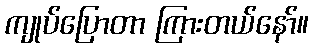
ကျုပ်ပြောတာ ကြားတယ်နော်။